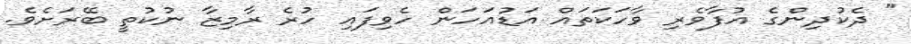
" ދެކުދިންގެ އުފާވެރި ވާހަކަތައް އަޑުއަހަން ހެވިފައި ހުރެ ރާމިޒާ ނުކުތީ ބޭރަށެވެ.